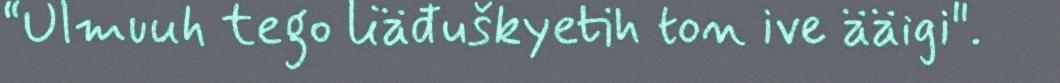
“Ulmuuh tego liäđuškyetih ton ive ääigi".